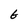
Character: G